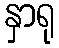
နှာရု